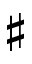
\sharp